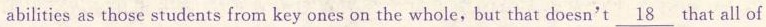
abilities as those students from key ones on the whole,but that doesn't \underline{18} that all of